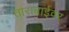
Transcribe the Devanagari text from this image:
ताराबाईवर